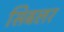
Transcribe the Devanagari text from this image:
सिबलर